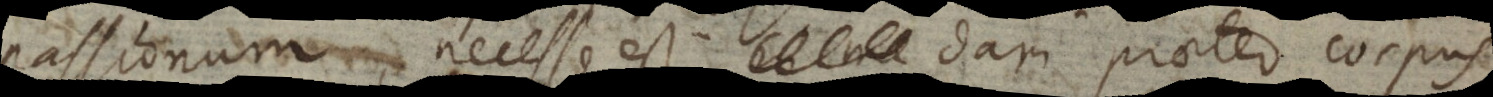
passionum, necesse est dari praeter corpus